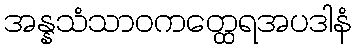
အန္နသံသာဝကတ္ထေရအပဒါနံ